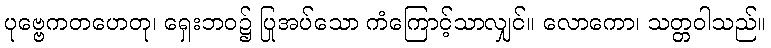
ပုဗ္ဗေကတဟေတု၊ ရှေးဘဝ၌ ပြုအပ်သော ကံကြောင့်သာလျှင်။ လောကော၊ သတ္တဝါသည်။